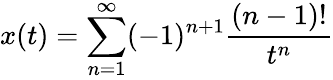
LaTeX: x(t)=\sum_{n=1}^{\infty}(-1)^{n+1}{\frac{(n-1)!}{t^{n}}}